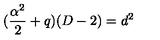
( \frac { \alpha ^ { 2 } } { 2 } + q ) ( D - 2 ) = d ^ { 2 }